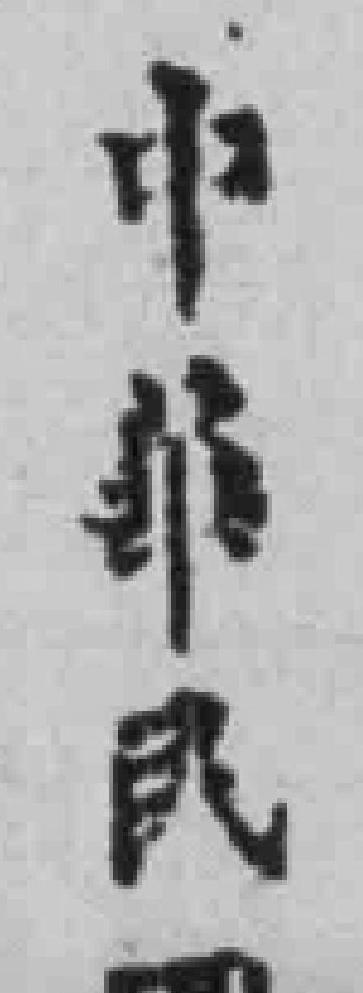
中華民